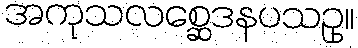
အကုသလစ္ဆေဒနပသဥှ။